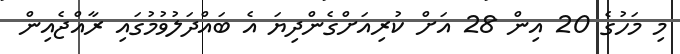
މި މަހުގެ 20 އިން 28 އަށް ކުރިއަށްގެންދިޔަ އެ ބައްދަލުވުމުގައި ރާއްޖެއިން